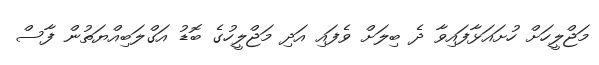
މަޖްލީހަށް ހުށައަޅާފައިވާ ދެ ބިލަށް ވެފައި އަދި މަޖްލީހުގެ ބޮޑު އަގްލަބިއްޔަތުން ފާސް